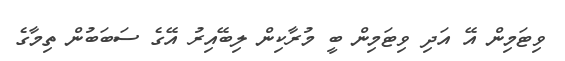
ވިޓަމިން އޭ އަދި ވިޓަމިން ބީ މުރާކިން ލިބޭއިރު އޭގެ ސަބަބުން ތިމާގެ